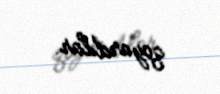
qoyardılar.